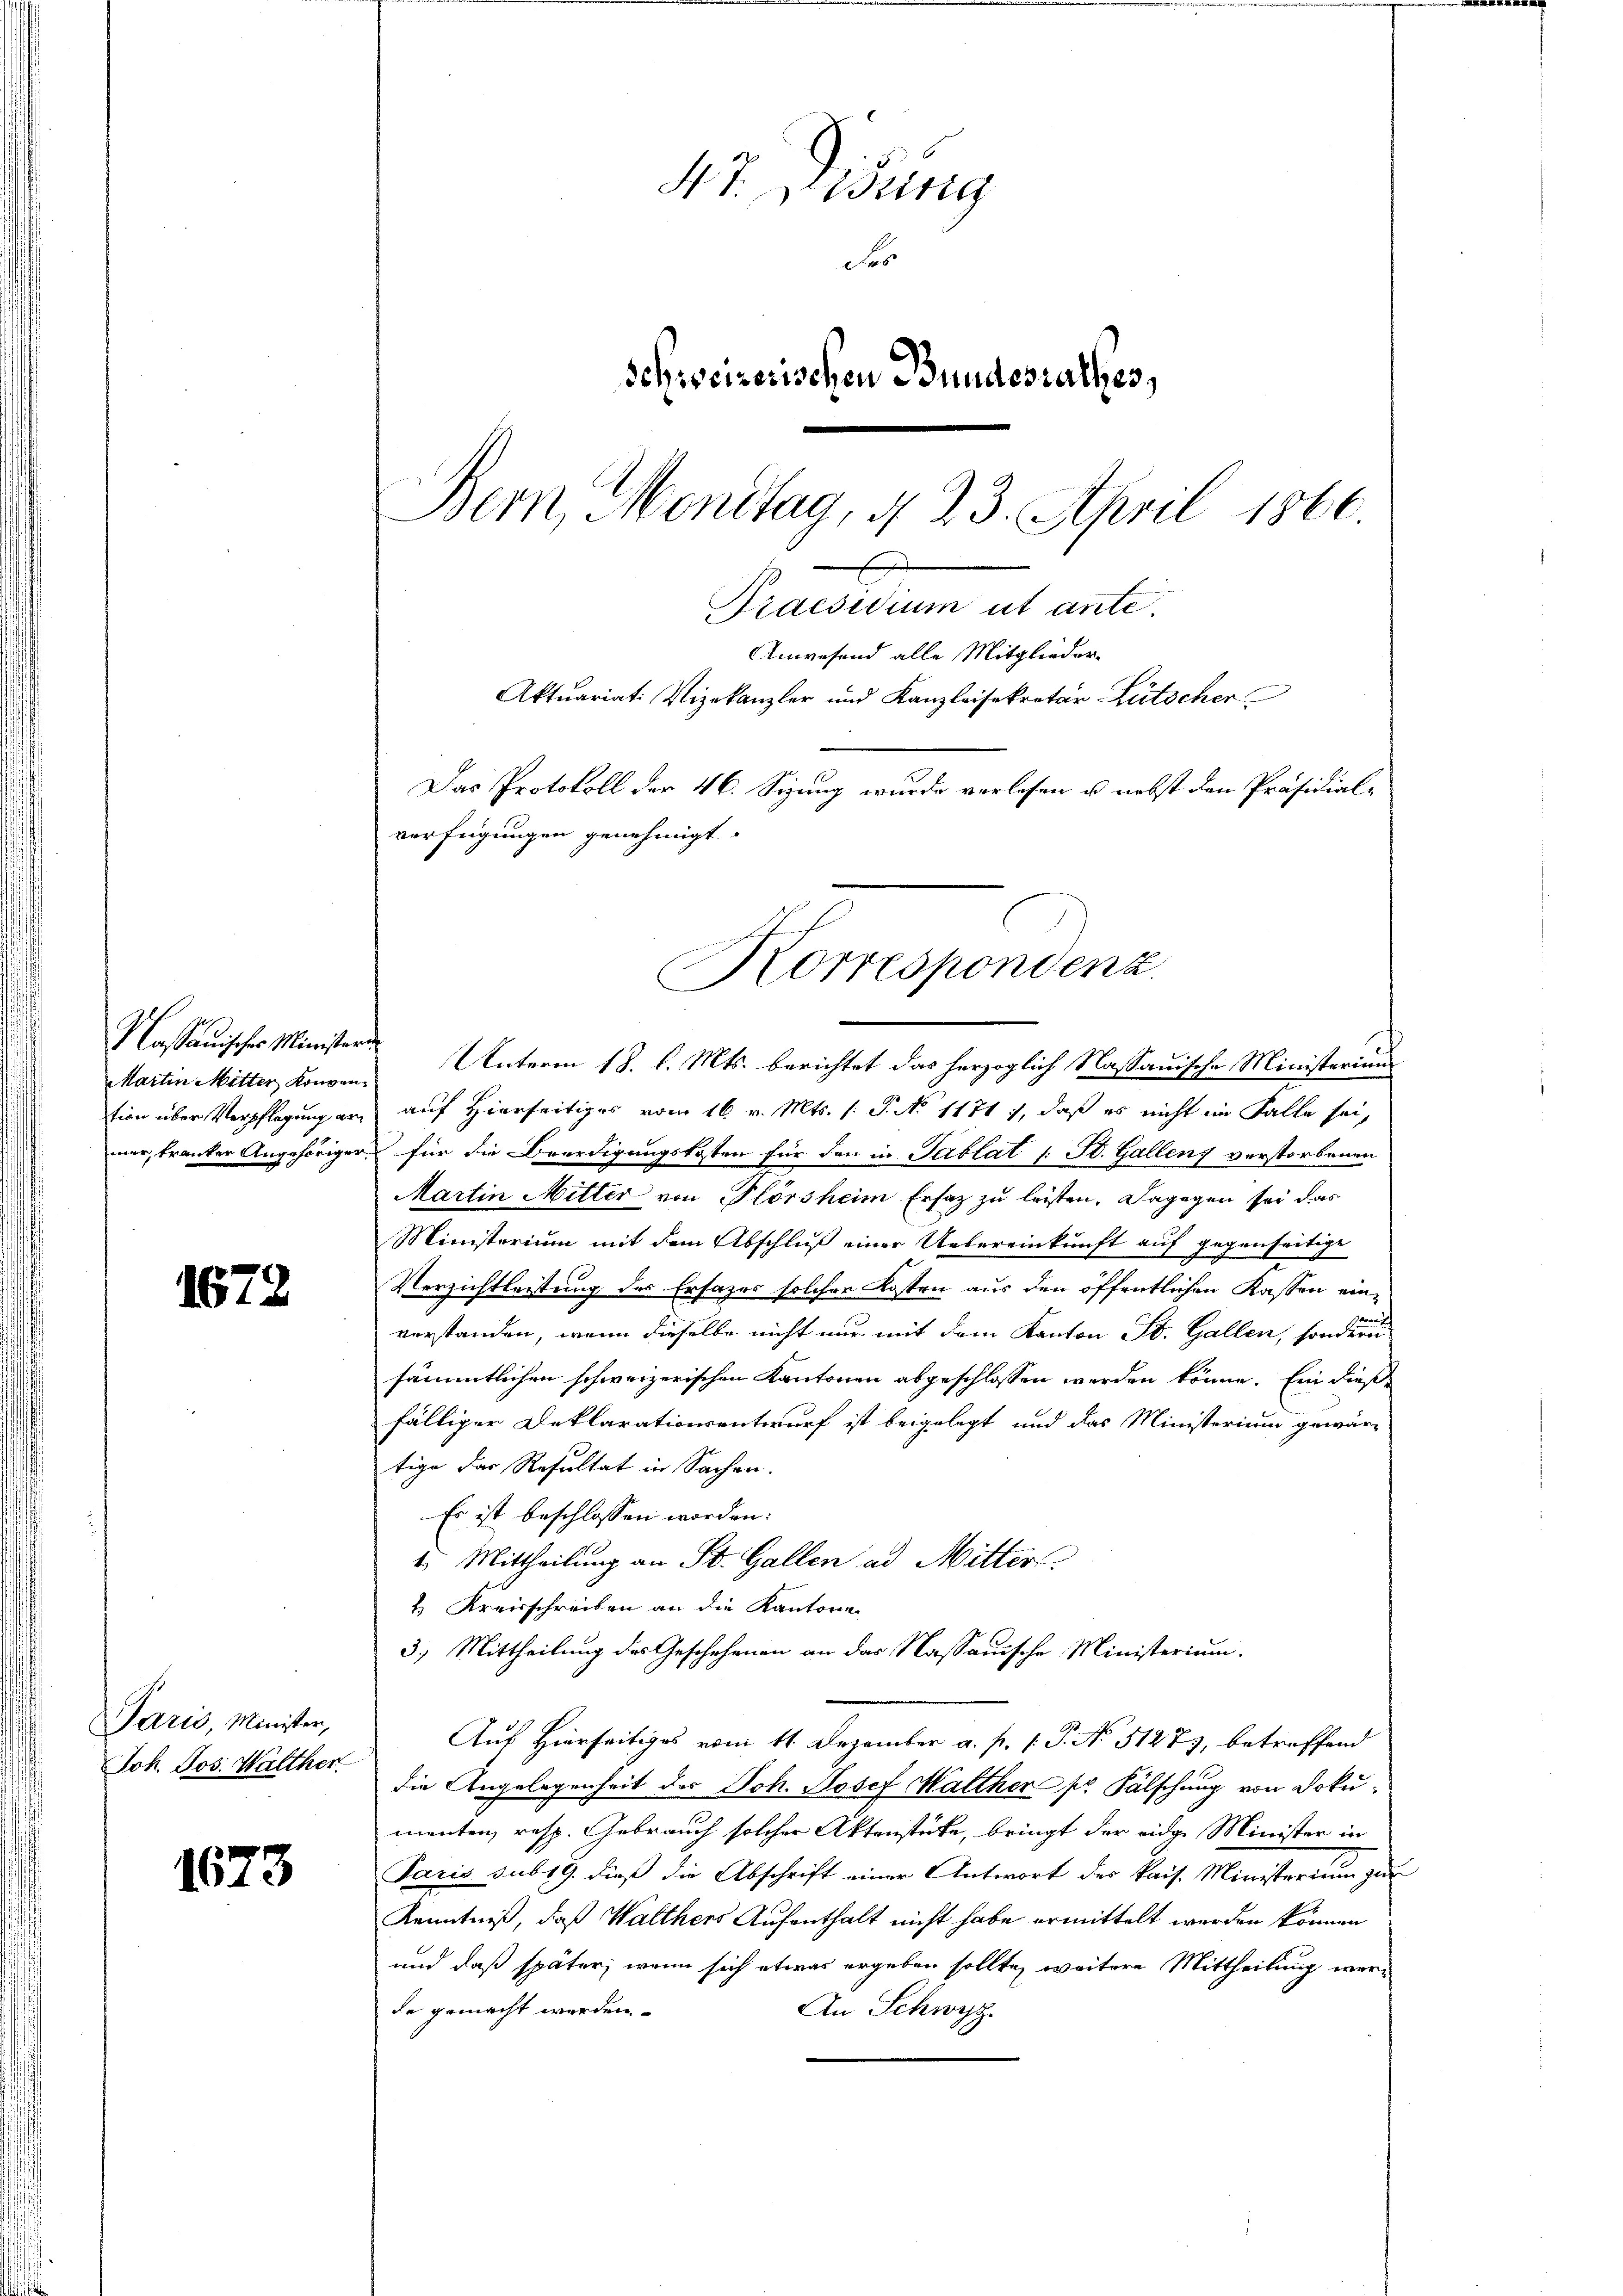
Nassauisches Ministern
Martin Mitter Konven-

1672

Paris, Minister,
Joh. Jos. Walther

1573

47. Disung
Fro
Schweizerischen Bundesrathes,
Bern, Menstag, § 23. April 1866.
x
Praesidium ut ante.
Anwesend alle Mitglieder¬
Aktuariati, Vizekanzler und Kanzleisekretär Lütscher
Das Protokoll der 46. Sizung wurde verlesen u. nebst den Präsidial-
verfügungen genehmigt.

Unterm 18. l. Mts. berichtet das herzoglich Nassauische Ministerium
tion über Verpflegung an auf Hierseitiges vom 16. v. Mts. (: P. No. 11717, daß es nicht im Falle sei,
mer, tranker Angehöriger für die Beerdigungskosten für den in Tablat (: St. Gallen verstorbenen
Martin Mitter von Plörsheim Ersatz zu leisten. Dagegen sei das
Ministerium mit dem Abschluß einer Uebereinkunft auf
egenseitige
Eng
Verzichtleistung des Ersatzes solcher Kosten aus den öffentlichen Kassen ein¬
u
verstanden, wenn dieselbe nicht nur mit dem Kanton St. Gallen, sonderen
sämmtlichen schweizerischen Kantonen abgeschlossen werden könne. Ein dießfälliger Deklarationsentwurf ist beigelegt und das Ministerium gewärtige das Resultat in Sachen.
Es ist beschlossen worden:
1. Mittheilung an St. Gallen ad Mitter
2. Kreisschreiben an die Kantone
3.) Mittheilung des Geschehenen an das Nassauische Ministerium.
Auf Hierseitiges vom 11. Dezember a. p. 1. P. No 5127), betreffend
die Angelegenheit des Joh. Josef Walther pr Fälschung von Dokumenten, resp. Gebrauch solcher Aktenstücke, bringt der eidge Minister in
Paris sub 19. dieß die Abschrift einer Antwort der kais. Ministerium zur
Kenntniß, daß Walthers Aufenthalt nicht habe ermittelt werden können
und daß später, wenn sich etwas ergeben sollte, weitere Mittheilung werde gemacht werden.
An Schwyz

Korrespondenz